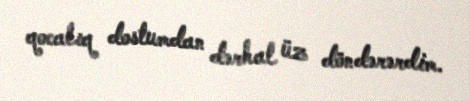
qocalıq dostumdan dərhal üz döndərərdim.